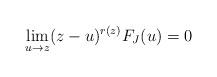
LaTeX: \begin{align*}\lim_{u\to z}(z-u)^{r(z)}F_{J}(u)=0\end{align*}